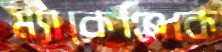
ম্যাকেঞ্জিকে